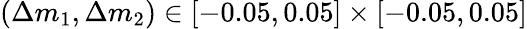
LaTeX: (\Delta m_{1},\Delta m_{2})\in[-0.05,0.05]\times[-0.05,0.05]